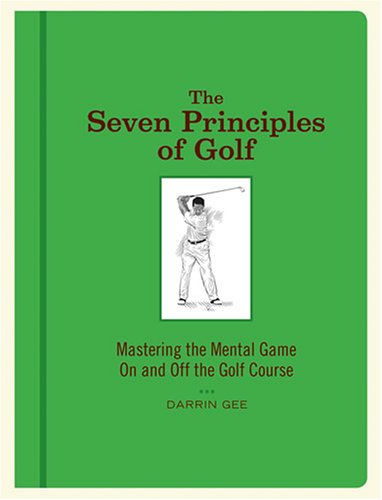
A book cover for The Seven Principles of Golf: Mastering the Mental Game on and Off the Golf Course; Darrin Gee; Sports & Outdoors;